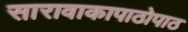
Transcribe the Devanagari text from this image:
सारावाकापाठोपाठ